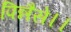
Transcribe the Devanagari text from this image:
पिन्नैसे।।